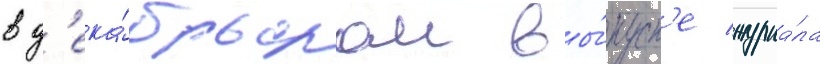
в д'ека́брьском вы́пуск'е журна́ла